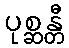
ပုစ္ဆန္တီ